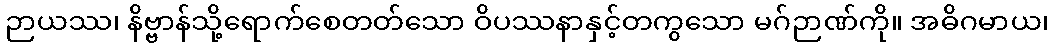
ဉာယဿ၊ နိဗ္ဗာန်သို့ရောက်စေတတ်သော ဝိပဿနာနှင့်တကွသော မဂ်ဉာဏ်ကို။ အဓိဂမာယ၊